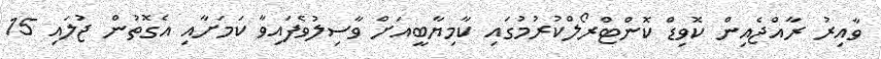
ވާއިރު ރާއްޖެއިން ކޮވިޑް ކޮންޓްރޯލްކުރުމުގައި ކާމިޔާބީއަށް ވާސިލުވެފައިވާ ކަމަށާއި އެގޮތުން ޖުލައި 15